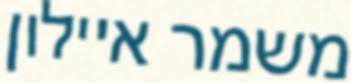
משמר איילון